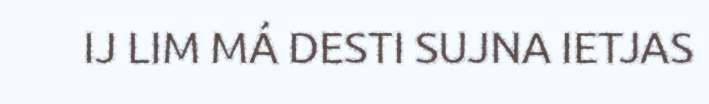
IJ LIM MÁ DESTI SUJNA IETJAS